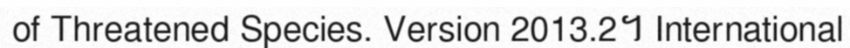
of Threatened Species. Version 2013.2។ International